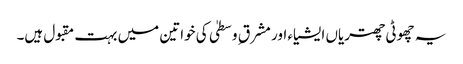
یہ چھوٹی چھتریاں ایشیاء اور مشرق ِ وسطیٰ کی خواتین میں بہت مقبول ہیں۔